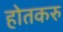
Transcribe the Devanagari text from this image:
होतकरु